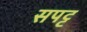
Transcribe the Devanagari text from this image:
सपट्ट